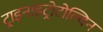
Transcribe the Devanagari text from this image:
ट्राइनाइट्रोटोल्विन